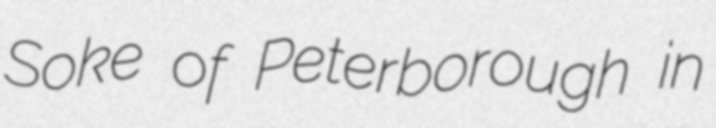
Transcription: Soke of Peterborough in